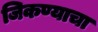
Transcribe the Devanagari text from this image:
जिकण्याचा